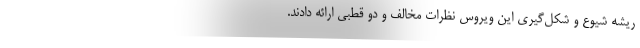
ریشه شیوع و شکل‌گیری این ویروس نظرات مخالف و دو قطبی ارائه دادند.